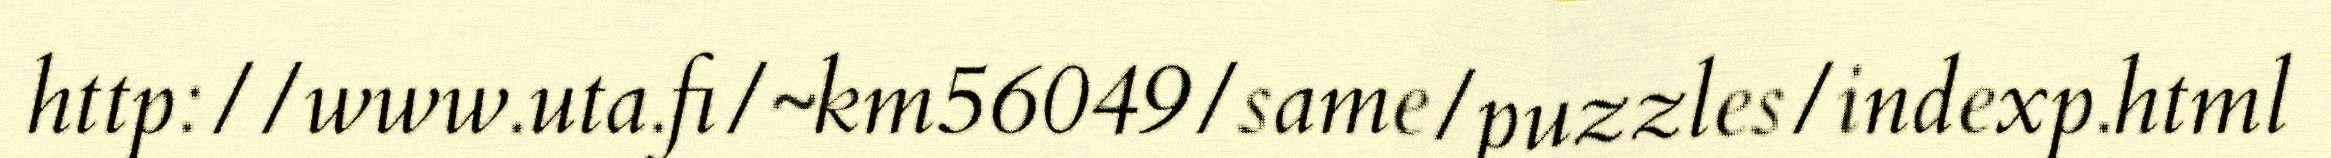
http://www.uta.fi/~km56049/same/puzzles/indexp.html